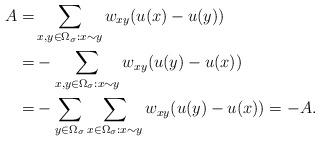
LaTeX: \begin{align*}A=&\sum_{x,y\in \Omega_{\sigma}:x\sim y}w_{xy}(u(x)-u(y))\\=&-\sum_{x,y\in \Omega_{\sigma}:x\sim y}w_{xy}(u(y)-u(x))\\=&-\sum_{y\in\Omega_{\sigma}}\sum_{x\in \Omega_{\sigma}: x\sim y}w_{xy}(u(y)-u(x))=-A.\end{align*}